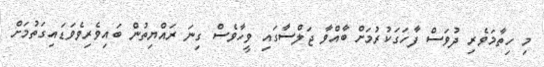
މި ހިތާމަވެރި ދުވަސް ފާހަގަކުރުމަށް ބާއްވާ ޖަލްސާގައި ވީހާވެސް ގިނަ ރައްޔިތުން ބައިވެރިވެވަޑައިގަތުމަށް